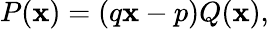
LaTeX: P(\mathbf{x})=(q\mathbf{x}-p)Q(\mathbf{x}),